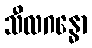
သီလဂန္ဓော